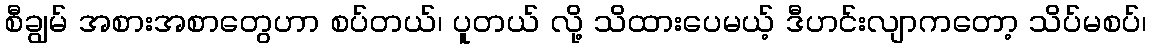
စီချွမ် အစားအစာတွေဟာ စပ်တယ်၊ ပူတယ် လို့ သိထားပေမယ့် ဒီဟင်းလျာကတော့ သိပ်မစပ်၊